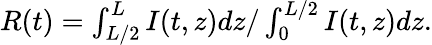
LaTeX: \begin{array}{r}{R(t)=\int_{L/2}^{L}I(t,z)dz/\int_{0}^{L/2}I(t,z)dz.}\end{array}